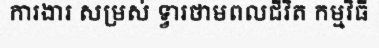
ការងារ សម្រស់ ទ្វារថាមពលជីវិត កម្មវិធី